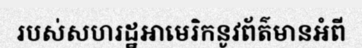
របស់សហរដ្ឋអាមេរិកនូវព័ត៌មានអំពី